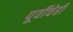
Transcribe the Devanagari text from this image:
पूर्वीचेही